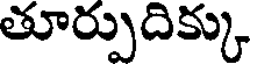
తూర్పుదిక్కు